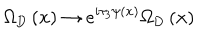
\Omega _ { \mathrm { D } } \left( { \bf x } \right) \rightarrow e ^ { i \tau _ { 3 } \psi \left( { \bf x } \right) } \Omega _ { \mathrm { D } } \left( { \bf x } \right)